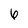
Character: 6